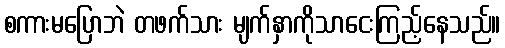
စကားမပြောဘဲ တဖက်သား မျက်နှာကိုသာငေးကြည့်နေသည်။